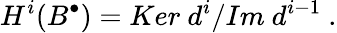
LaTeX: H^{i}(B^{\bullet})={Ker\ d^{i}}/{Im\ d^{i-1}}\ .